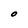
Character: O